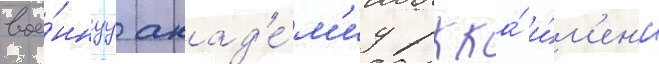
вое́ннуу акад'е́м'иу ркка́ и́м'ен'и